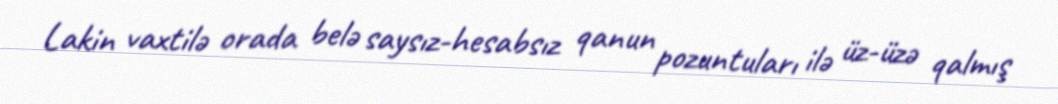
Lakin vaxtilə orada belə saysız-hesabsız qanun pozuntuları ilə üz-üzə qalmış